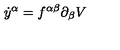
\dot { y } ^ { \alpha } = f ^ { \alpha \beta } \partial _ { \beta } V